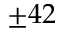
\pm 4 2